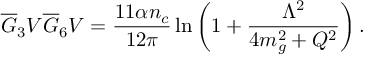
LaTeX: \overline { { G } } _ { 3 } V \overline { { G } } _ { 6 } V = { \frac { 1 1 \alpha n _ { c } } { 1 2 \pi } } \ln { \bigg ( 1 + { \frac { \Lambda ^ { 2 } } { 4 m _ { g } ^ { 2 } + Q ^ { 2 } } } \bigg ) } \, .